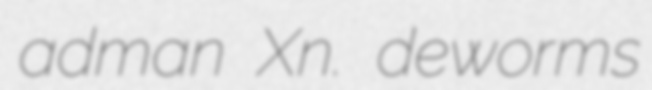
adman Xn. deworms